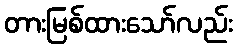
တားမြစ်ထားသော်လည်း